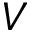
V